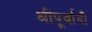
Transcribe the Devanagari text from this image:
श्रीपूर्वादौ